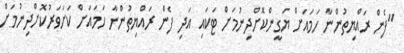
"ފެން ރައްޔިތުންނާ ހަމައަށް ޔަގީންކޮށްދިނުމަށް ޓަކައި އަދި ފެން ރައްޔިތުންނާ ހަމައަށް ކަށަވަރުކޮށްދިނުމަށް